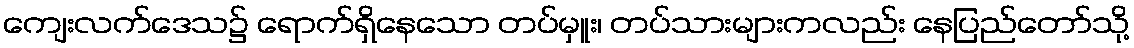
ကျေးလက်ဒေသ၌ ရောက်ရှိနေသော တပ်မှူး၊ တပ်သားများကလည်း နေပြည်တော်သို့